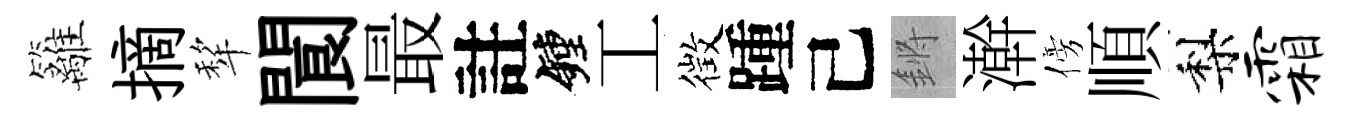
籬摘犂閬最註鐘工徴踵己鏘澣傍順梨霜